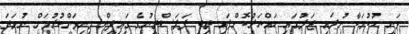
ވަނީ ހުކުމަކާ ނުލައި ޖަލުގައި ހައްޔަރުކޮށްފައި ތިބި ފަލަސްތީނުގެ ގައިދީން މިނިވަންކުރުމަށް ނުވަތަ